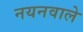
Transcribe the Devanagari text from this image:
नयनवाले